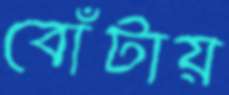
বোঁটায়